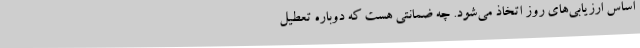
اساس ارزیابی‌های روز اتخاذ می‌شود. چه ضمانتی هست که دوباره تعطیل